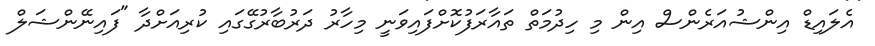
އެލައިޑް އިންޝުއަރެންސް އިން މި ހިދުމަތް ތައާރަފުކޮށްފައިވަނީ މިހާރު ދަރުބާރުގޭގައި ކުރިއަށްދާ "ފައިނޭންޝަލް